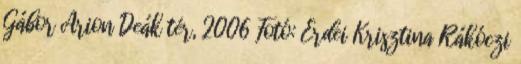
Gábor Arion Deák tér, 2006 Fotó: Erdei Krisztina Rákóczi